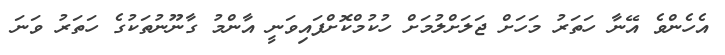
އެހެންވެ އޭނާ ހަތަރު މަހަށް ޖަލަށްލުމަށް ހުކުމްކޮށްފައިވަނީ އާންމު ގާނޫނުތަކުގެ ހަތަރު ވަނަ